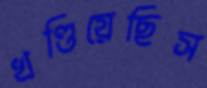
খণ্ডিয়েছিস